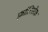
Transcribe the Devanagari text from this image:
फ़्रांतिसेक